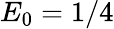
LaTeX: E_{0}=1/4